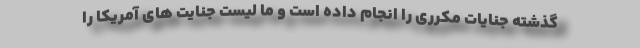
گذشته جنایات مکرری را انجام داده است و ما لیست جنایت های آمریکا را